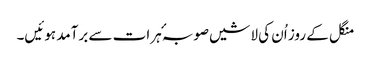
منگل کے روز اُن کی لاشیں صوبہٴ ہرات سے برآمد ہوئیں۔